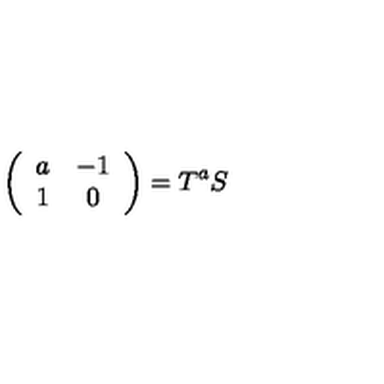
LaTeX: \left( \begin{array} { c c } { a } & { - 1 } \\ { 1 } & { 0 } \\ \end{array} \right) = T ^ { a } S